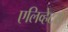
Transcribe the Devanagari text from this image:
एलिव्हेटर्स